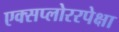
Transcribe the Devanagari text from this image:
एक्सप्लोररपेक्षा